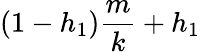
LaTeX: (1-h_{1})\frac{m}{k}+h_{1}